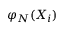
\varphi _ { N } ( \ensuremath { \boldsymbol { X } } _ { i } )